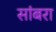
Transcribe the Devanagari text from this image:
सांबरा